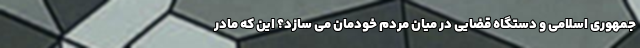
جمهوری اسلامی و دستگاه قضایی در میان مردم خودمان می سازد؟ این که مادر